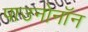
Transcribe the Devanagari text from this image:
पाउनोनॉन